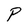
Character: P